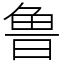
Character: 鲁